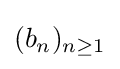
(b_{n})_{n\geq 1}